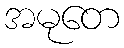
အမုတေ